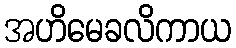
အဟိမေခလိကာယ